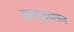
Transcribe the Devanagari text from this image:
मलपृष्ठावरुन